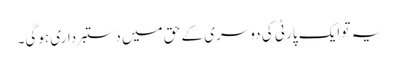
یہ تو ایک پارٹی کی دوسری کے حق میں دستبرداری ہوگی۔